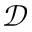
\mathcal { D }